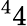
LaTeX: ^44